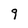
Character: 9